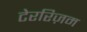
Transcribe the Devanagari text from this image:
टेररिज़म